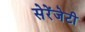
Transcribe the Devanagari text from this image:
सेरेंजेटी